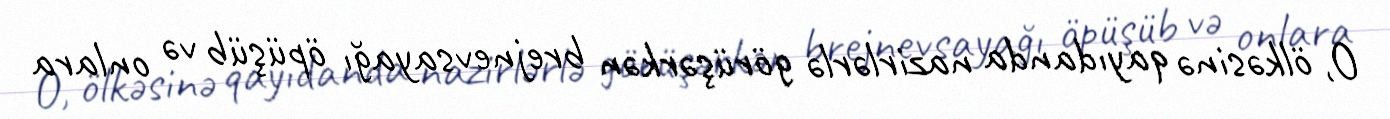
O, ölkəsinə qayıdanda nazirlərlə görüşərkən brejnevsayağı öpüşüb və onlara